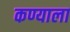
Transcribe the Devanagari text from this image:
कण्याला